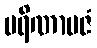
ပရိဏာမဇံ